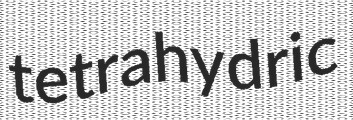
tetrahydric